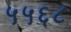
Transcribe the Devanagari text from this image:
५५६८